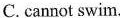
C.cannot swim.